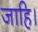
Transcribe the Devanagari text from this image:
जाहि।